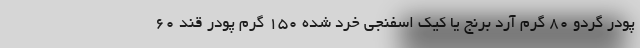
پودر گردو ۸۰ گرم آرد برنج یا کیک اسفنجی خرد شده ۱۵۰ گرم پودر قند ۶۰